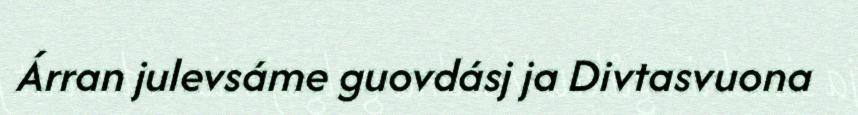
Árran julevsáme guovdásj ja Divtasvuona